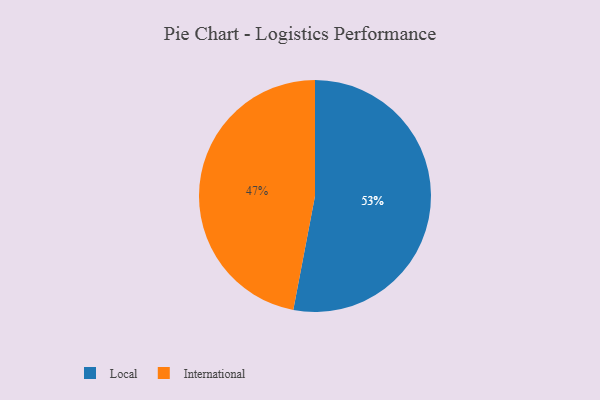
{"axis": {"x": "Category", "y": "Percentage"}, "legend": ["International", "Local"], "data": [{"x": "Local", "y": 53, "type": "Local"}, {"x": "International", "y": 47, "type": "International"}]}